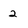
Character: 2